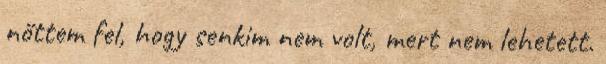
nőttem fel, hogy senkim nem volt, mert nem lehetett.